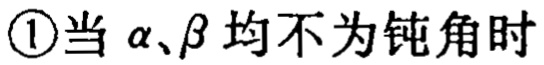
\textcircled{1}当\(\alpha、\beta\)均不为钝角时